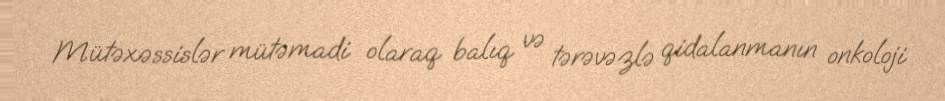
Mütəxəssislər mütəmadi olaraq balıq və tərəvəzlə qidalanmanın onkoloji